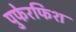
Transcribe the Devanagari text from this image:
पुफेरफिश